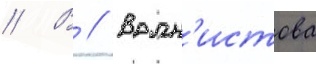
// В // Волн'истова